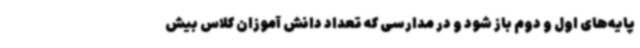
پایه‌های اول و دوم باز شود و در مدارسی که تعداد دانش آموزان کلاس بیش